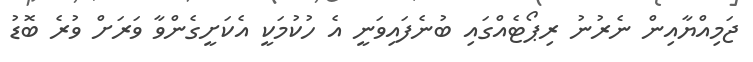
ޖަމިއްޔާއިން ނެރުނު ރިޕޯޓެއްގައި ބުނެފައިވަނީ އެ ހުކުމަކީ އެކަށީގެންވާ ވަރަށް ވުރެ ބޮޑު